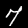
Digit: 7